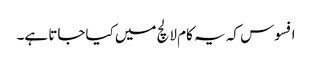
افسوس کہ یہ کام لالچ میں کیاجاتا ہے۔